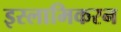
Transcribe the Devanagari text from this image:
इस्लामिकरन